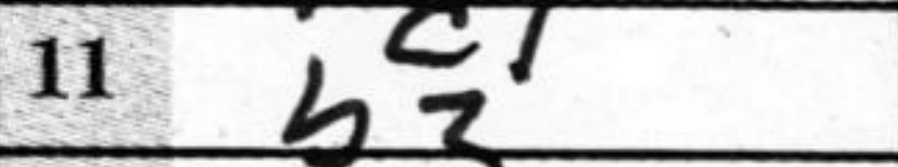
Transcription: b3